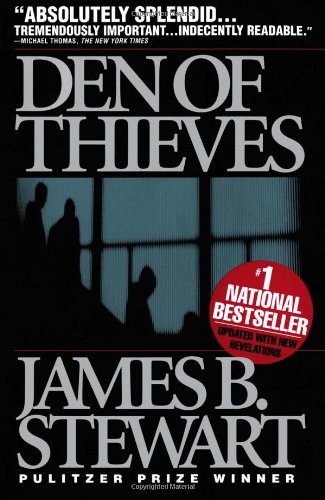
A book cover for Den of Thieves; James B. Stewart; Business & Money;